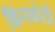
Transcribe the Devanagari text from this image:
किंगकोठी